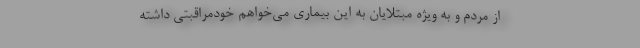
از مردم و به ویژه مبتلایانِ به این بیماری می‌خواهم خودمراقبتی داشته